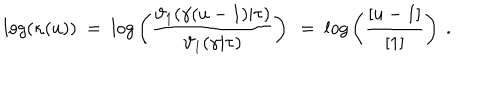
l o g ( \kappa ( u ) ) ~ = ~ l o g \left( { \frac { \vartheta _ { 1 } ( \gamma ( u - 1 ) | \tau ) } { \vartheta _ { 1 } ( \gamma | \tau ) } } \right) ~ = ~ l o g \left( { \frac { [ u - 1 ] } { [ 1 ] } } \right) \ .